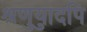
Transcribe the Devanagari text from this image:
श्रुणुयादपि